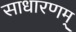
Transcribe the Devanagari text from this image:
साधारणम्